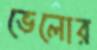
ভেলোর